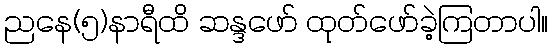
ညနေ(၅)နာရီထိ ဆန္ဒဖော် ထုတ်ဖော်ခဲ့ကြတာပါ။